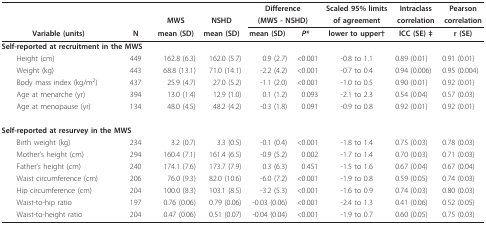
<table><thead><tr><td></td><td></td><td></td><td></td><td colspan="2"><b>Difference</b></td><td><b>Scaled 95% limits</b></td><td><b>Intraclass</b></td><td><b>Pearson</b></td></tr><tr><td></td><td></td><td><b>MWS</b></td><td><b>NSHD</b></td><td colspan="2"><b>(MWS - NSHD)</b></td><td><b>of agreement</b></td><td><b>correlation</b></td><td><b>correlation</b></td></tr><tr><td><b>Variable (units)</b></td><td><b>N</b></td><td><b>mean (SD)</b></td><td><b>mean (SD)</b></td><td><b>mean (SD)</b></td><td><b><i>P</i>*</b></td><td><b>lower to upper†</b></td><td><b>ICC (SE) ‡</b></td><td><b>r (SE)</b></td></tr></thead><tbody><tr><td colspan="2"><b>Self-reported at recruitment in the MWS</b></td><td></td><td></td><td></td><td></td><td></td><td></td><td></td></tr><tr><td> Height (cm)</td><td>449</td><td>162.8 (6.3)</td><td>162.0 (5.7)</td><td>0.9 (2.7)</td><td>&lt;0.001</td><td>-0.8 to 1.1</td><td>0.89 (0.01)</td><td>0.91 (0.01)</td></tr><tr><td> Weight (kg)</td><td>443</td><td>68.8 (13.1)</td><td>71.0 (14.1)</td><td>-2.2 (4.2)</td><td>&lt;0.001</td><td>-0.7 to 0.4</td><td>0.94 (0.006)</td><td>0.95 (0.004)</td></tr><tr><td> Body mass index (kg/m<sup>2</sup>)</td><td>437</td><td>25.9 (4.7)</td><td>27.0 (5.2)</td><td>-1.1 (2.0)</td><td>&lt;0.001</td><td>-1.0 to 0.5</td><td>0.90 (0.01)</td><td>0.92 (0.01)</td></tr><tr><td> Age at menarche (yr)</td><td>394</td><td>13.0 (1.4)</td><td>12.9 (1.0)</td><td>0.1 (1.2)</td><td>0.093</td><td>-2.1 to 2.3</td><td>0.54 (0.04)</td><td>0.57 (0.03)</td></tr><tr><td> Age at menopause (yr)</td><td>134</td><td>48.0 (4.5)</td><td>48.2 (4.2)</td><td>-0.3 (1.8)</td><td>0.091</td><td>-0.9 to 0.8</td><td>0.92 (0.01)</td><td>0.92 (0.01)</td></tr><tr><td colspan="2"><b>Self-reported at resurvey in the MWS</b></td><td></td><td></td><td></td><td></td><td></td><td></td><td></td></tr><tr><td> Birth weight (kg)</td><td>234</td><td>3.2 (0.7)</td><td>3.3 (0.5)</td><td>-0.1 (0.4)</td><td>&lt;0.001</td><td>-1.8 to 1.4</td><td>0.75 (0.03)</td><td>0.78 (0.03)</td></tr><tr><td> Mother&#x27;s height (cm)</td><td>294</td><td>160.4 (7.1)</td><td>161.4 (6.5)</td><td>-0.9 (5.2)</td><td>0.002</td><td>-1.7 to 1.4</td><td>0.70 (0.03)</td><td>0.71 (0.03)</td></tr><tr><td> Father&#x27;s height (cm)</td><td>240</td><td>174.1 (7.6)</td><td>173.7 (7.9)</td><td>0.3 (6.3)</td><td>0.451</td><td>-1.5 to 1.6</td><td>0.67 (0.04)</td><td>0.67 (0.04)</td></tr><tr><td> Waist circumference (cm)</td><td>206</td><td>76.0 (9.3)</td><td>82.0 (10.6)</td><td>-6.0 (7.2)</td><td>&lt;0.001</td><td>-1.9 to 0.8</td><td>0.59 (0.05)</td><td>0.74 (0.03)</td></tr><tr><td> Hip circumference (cm)</td><td>204</td><td>100.0 (8.3)</td><td>103.1 (8.5)</td><td>-3.2 (5.3)</td><td>&lt;0.001</td><td>-1.6 to 0.9</td><td>0.74 (0.03)</td><td>0.80 (0.03)</td></tr><tr><td> Waist-to-hip ratio</td><td>197</td><td>0.76 (0.06)</td><td>0.79 (0.06)</td><td>-0.03 (0.06)</td><td>&lt;0.001</td><td>-2.4 to 1.3</td><td>0.41 (0.06)</td><td>0.52 (0.05)</td></tr><tr><td> Waist-to-height ratio</td><td>204</td><td>0.47 (0.06)</td><td>0.51 (0.07)</td><td>-0.04 (0.04)</td><td>&lt;0.001</td><td>-1.9 to 0.7</td><td>0.60 (0.05)</td><td>0.75 (0.03)</td></tr></tbody></table>